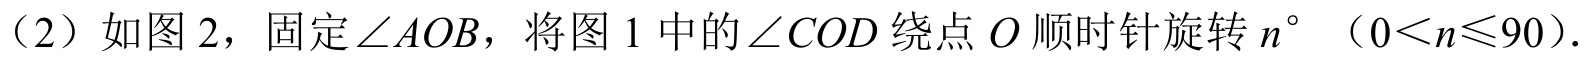
（2）如图 2，固定\(\angle AOB\)，将图 1 中的\(\angle COD\)绕点\(O\)顺时针旋转\(n^{\circ}\)（\(0 < n\leqslant90\)）.